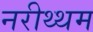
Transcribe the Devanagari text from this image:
नरीथ्थम